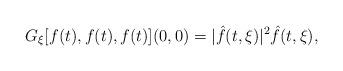
LaTeX: \begin{align*}G_\xi[f(t),f(t),f(t)](0,0) = |\hat f(t,\xi)|^2\hat f(t,\xi),\end{align*}